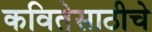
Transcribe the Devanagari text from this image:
कवितेसाठीचे